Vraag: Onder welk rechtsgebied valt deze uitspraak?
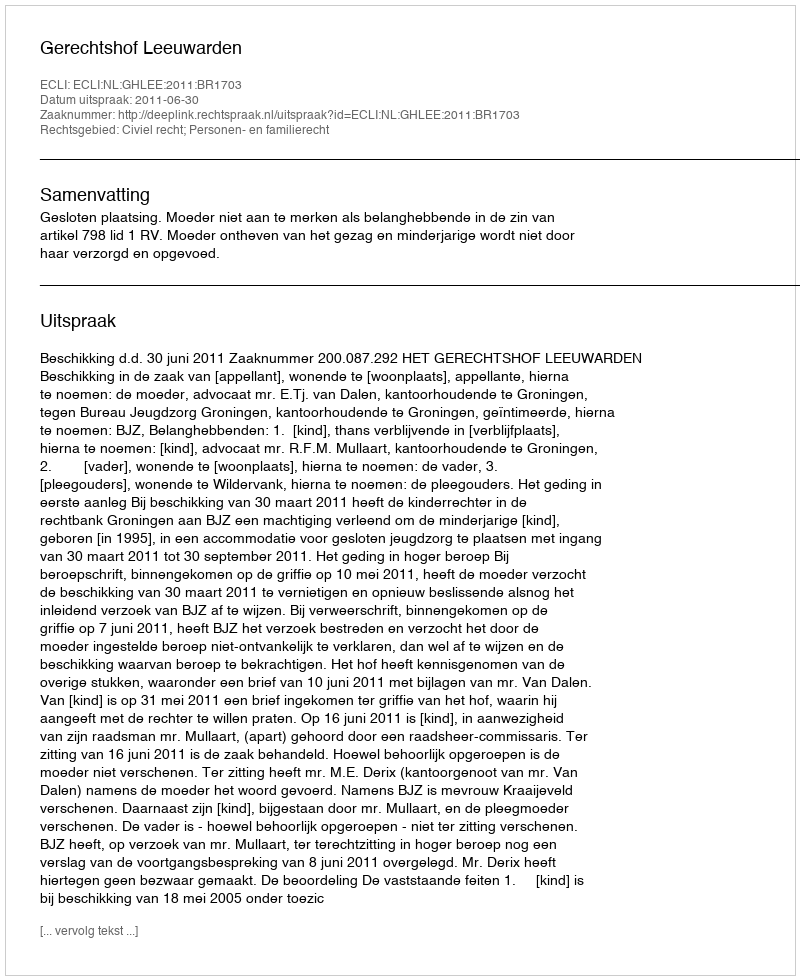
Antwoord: Civiel recht; Personen- en familierecht